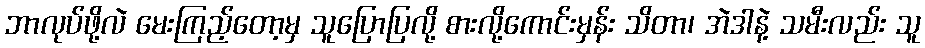
ဘာလုပ်ဖို့လဲ မေးကြည့်တော့မှ သူပြောပြလို့ စားလို့ကောင်းမှန်း သိတာ၊ အဲဒါနဲ့ သမီးလည်း သူ